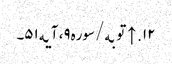
۱۲. ↑ توبه/سوره۹، آیه۵۱۔